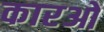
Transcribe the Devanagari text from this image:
कारओ